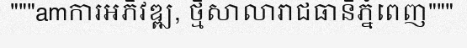
"""amការអភិវឌ្ឍ, ថ្មីសាលារាជធានីភ្នំពេញ"""